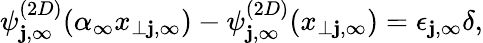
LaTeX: \psi_{\mathbf{j},\infty}^{(2D)}(\alpha_{\infty}x_{\perp\mathbf{j},\infty})-\psi_{\mathbf{j},\infty}^{(2D)}(x_{\perp\mathbf{j},\infty})=\epsilon_{\mathbf{j},\infty}\delta,